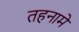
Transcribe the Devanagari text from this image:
तहनामे